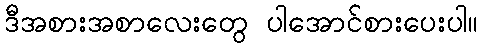
ဒီအစားအစာလေးတွေ ပါအောင်စားပေးပါ။